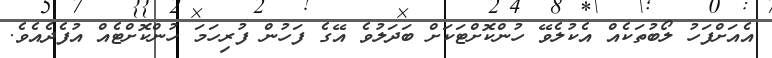
އެއަށްފަހު ލޯބުތަކެއް އެކުލެވޭ ހުންކޮށްޓަކަށް ބަދަލުވެ އޭގެ ފަހުން ފުރިހަމަ ހުންކޮށްޓެއް އުފެދެއެވެ.